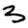
Digit: 3